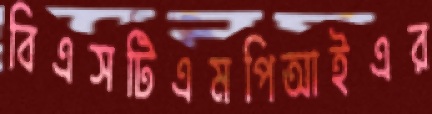
বিএসটিএমপিআইএর